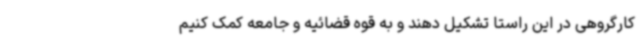
کارگروهی در این راستا تشکیل دهند و به قوه قضائیه و جامعه کمک کنیم